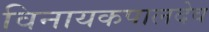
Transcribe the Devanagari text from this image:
विनायकपालदेव